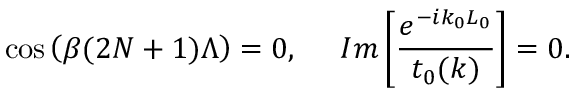
\cos \left( \beta ( 2 N + 1 ) \Lambda \right) = 0 , \ \ \ \ I m \left[ \frac { e ^ { - i k _ { 0 } L _ { 0 } } } { t _ { 0 } ( k ) } \right] = 0 .